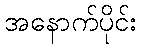
အနောက်ပိုင်း